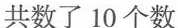
共数了10个数